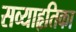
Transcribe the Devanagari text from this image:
सव्याहृतिका